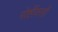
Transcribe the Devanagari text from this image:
गोष्टींवरही